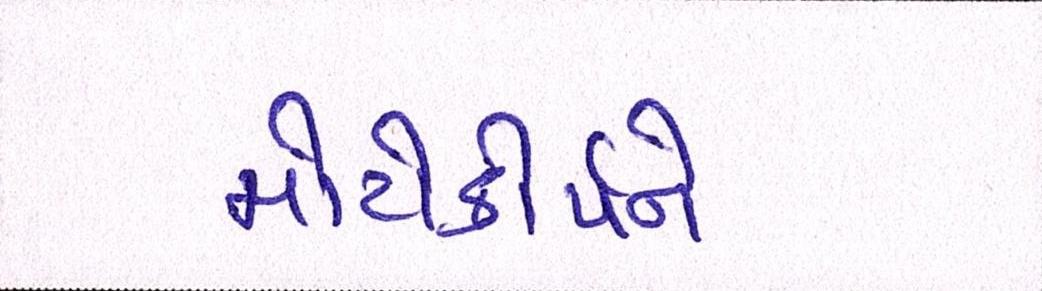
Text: મોટોકોર્પને